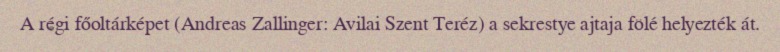
A régi főoltárképet (Andreas Zallinger: Avilai Szent Teréz) a sekrestye ajtaja fölé helyezték át.